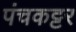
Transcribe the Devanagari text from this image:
पंचकट्टर